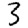
Digit: 3